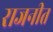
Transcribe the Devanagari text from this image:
राजनीत